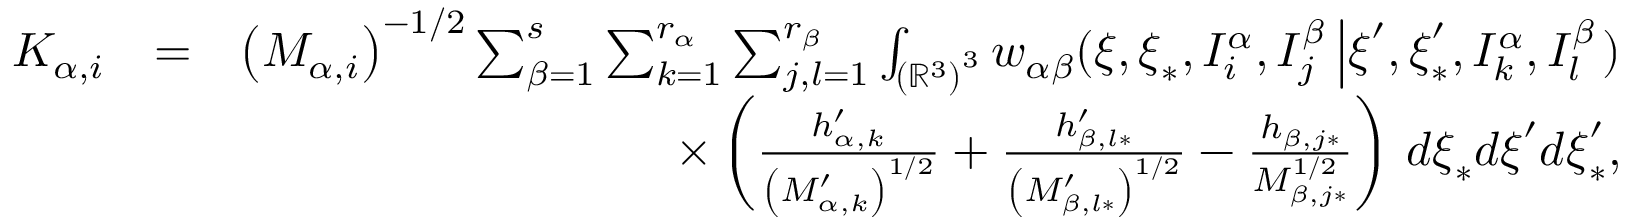
\begin{array} { r l r } { K _ { \alpha , i } } & { = } & { \left( M _ { \alpha , i } \right) ^ { - 1 / 2 } \sum _ { \beta = 1 } ^ { s } \sum _ { k = 1 } ^ { r _ { \alpha } } \sum _ { j , l = 1 } ^ { r _ { \beta } } \int _ { \left( \mathbb { R } ^ { 3 } \right) ^ { 3 } } w _ { \alpha \beta } ( \boldsymbol { \xi } , \boldsymbol { \xi } _ { \ast } , I _ { i } ^ { \alpha } , I _ { j } ^ { \beta } \left\vert \boldsymbol { \xi } ^ { \prime } , \boldsymbol { \xi } _ { \ast } ^ { \prime } , I _ { k } ^ { \alpha } , I _ { l } ^ { \beta } \right. ) } \\ & { } & { \times \left( \frac { h _ { \alpha , k } ^ { \prime } } { \left( M _ { \alpha , k } ^ { \prime } \right) ^ { 1 / 2 } } + \frac { h _ { \beta , l \ast } ^ { \prime } } { \left( M _ { \beta , l \ast } ^ { \prime } \right) ^ { 1 / 2 } } - \frac { h _ { \beta , j \ast } } { M _ { \beta , j \ast } ^ { 1 / 2 } } \right) \, d \boldsymbol { \xi } _ { \ast } d \boldsymbol { \xi } ^ { \prime } d \boldsymbol { \xi } _ { \ast } ^ { \prime } \mathrm { , } } \end{array}